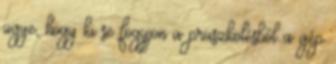
ugye, hogy ki se fogyjon a prüszkölésből a gép